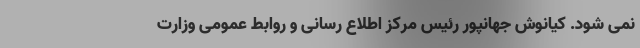
نمی شود. کیانوش جهانپور رئیس مرکز اطلاع رسانی و روابط عمومی وزارت